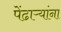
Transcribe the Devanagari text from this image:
पेंढाऱ्यांना